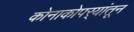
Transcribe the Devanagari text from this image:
कोनाकोपर्‍यांतून